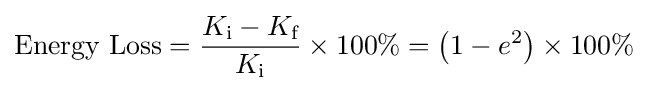
{\text{Energy Loss}}={\frac {{K_{\text{i}}}-{K_{\text{f}}}}{K_{\text{i}}}}\times 100\%=\left(1-e^{2}\right)\times 100\%